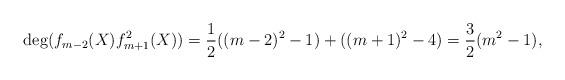
LaTeX: \begin{align*}\deg (f_{m-2}(X)f_{m+1}^2(X)) = \frac{1}{2}((m-2)^2-1) + ((m+1)^2-4) = \frac{3}{2} (m^2-1),\end{align*}